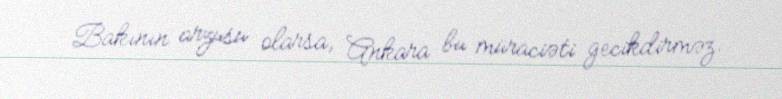
Bakının arzusu olarsa, Ankara bu müraciəti gecikdirməz.